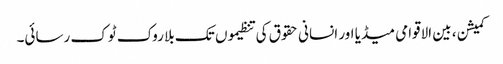
کمیشن ، بین الاقوامی میڈیا اور انسانی حقوق کی تنظیموں تک بلا روک ٹوک رسائی۔